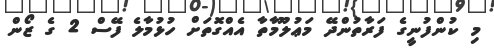
މި ކުންފުނީގެ ފަރާތުންދޭ މަޢުލޫމާތާ އެއްގޮތަށް ހުޅުމާލެ ފޭސް 2 ގެ ޒޯން